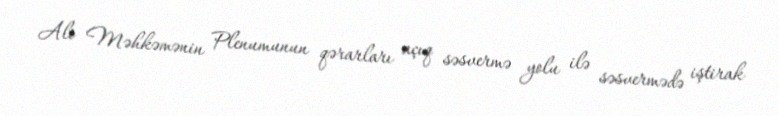
Ali Məhkəmənin Plenumunun qərarları açıq səsvermə yolu ilə səsvermədə iştirak